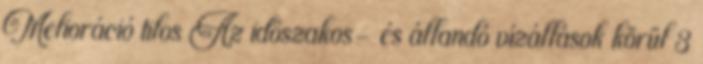
Melioráció tilos Az időszakos- és állandó vízállások körül 3